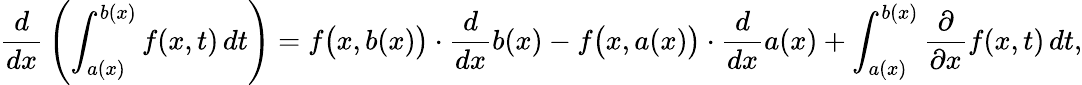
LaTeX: {\frac{d}{dx}}\left(\int_{a(x)}^{b(x)}f(x,t)\, dt\right)=f{\big(}x,b(x){\big)}\cdot{\frac{d}{dx}}b(x)-f{\big(}x,a(x){\big)}\cdot{\frac{d}{dx}}a(x)+\int_{a(x)}^{b(x)}{\frac{\partial}{\partial x}}f(x,t)\, dt,